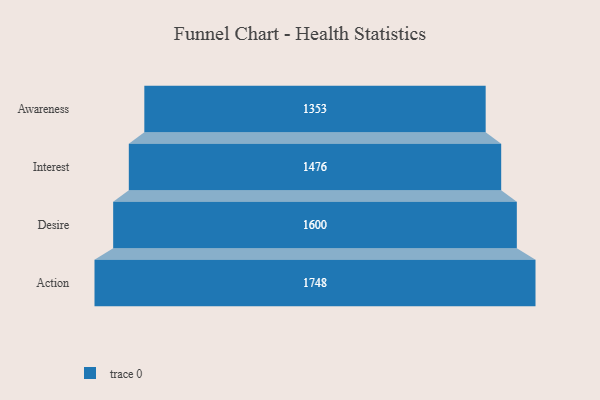
{"axis": {"x": "Stage", "y": "Value"}, "legend": [""], "data": [{"x": "Awareness", "y": 1353.0, "type": ""}, {"x": "Interest", "y": 1476.0, "type": ""}, {"x": "Desire", "y": 1600.0, "type": ""}, {"x": "Action", "y": 1748.0, "type": ""}]}